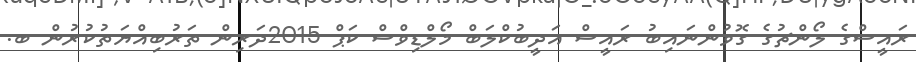
ރައީސްގެ ލޯންޗުގެ ގޮވުންނައިބު ރައީސް އަދީބުކްލަބް މޯލްޑިވްސް ކަޕް 2015ދަރިން ތަރުބިއްޔަތުކުރުން ބ.